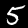
Digit: 5